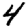
Digit: 4